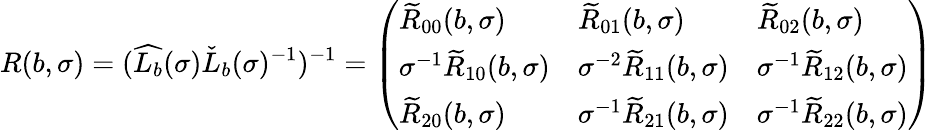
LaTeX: R(b,\sigma)=(\widehat{L_{b}}(\sigma)\check{L}_{b}(\sigma)^{-1})^{-1}=\left(\begin{array}{lll}{\widetilde{R}_{00}(b,\sigma)}&{\widetilde{R}_{01}(b,\sigma)}&{\widetilde{R}_{02}(b,\sigma)}\\ {\sigma^{-1}\widetilde{R}_{10}(b,\sigma)}&{\sigma^{-2}\widetilde{R}_{11}(b,\sigma)}&{\sigma^{-1}\widetilde{R}_{12}(b,\sigma)}\\ {\widetilde{R}_{20}(b,\sigma)}&{\sigma^{-1}\widetilde{R}_{21}(b,\sigma)}&{\sigma^{-1}\widetilde{R}_{22}(b,\sigma)}\end{array}\right)